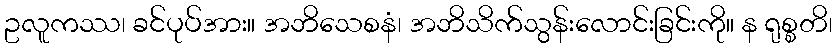
ဥလူကဿ၊ ခင်ပုပ်အား။ အဘိသေစနံ၊ အဘိသိက်သွန်းလောင်းခြင်းကို။ န ရုစ္စတိ၊